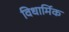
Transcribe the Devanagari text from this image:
विधार्मिक